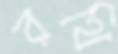
রথি